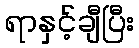
ရာနှင့်ချီပြီး